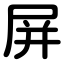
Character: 屏